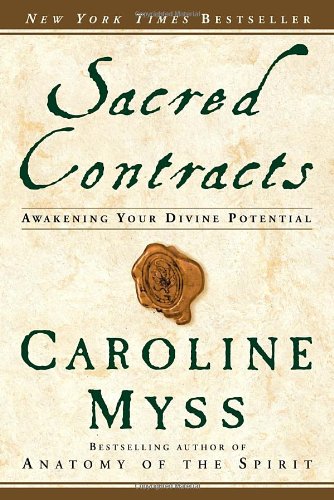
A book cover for Sacred Contracts: Awakening Your Divine Potential; Caroline Myss; Religion & Spirituality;